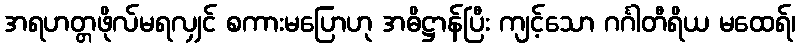
အရဟတ္တဖိုလ်မရလျှင် စကားမပြောဟု အဓိဋ္ဌာန်ပြီး ကျင့်သော ဂင်္ဂါတီရိယ မထေရ်၊